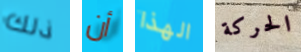
ذلك أن الهذا الحركة